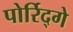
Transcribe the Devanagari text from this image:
पोर्रिद्गे